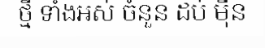
ថ្មី ទាំងអស់ ចំនួន ដប់ ម៉ឺន